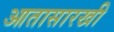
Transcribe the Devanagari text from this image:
आतासारखी